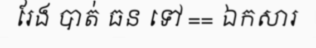
រែង បាត់ ធន ទៅ == ឯកសារ